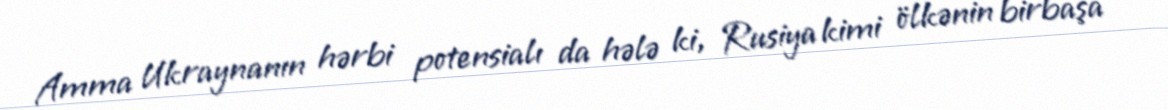
Amma Ukraynanın hərbi potensialı da hələ ki, Rusiya kimi ölkənin birbaşa